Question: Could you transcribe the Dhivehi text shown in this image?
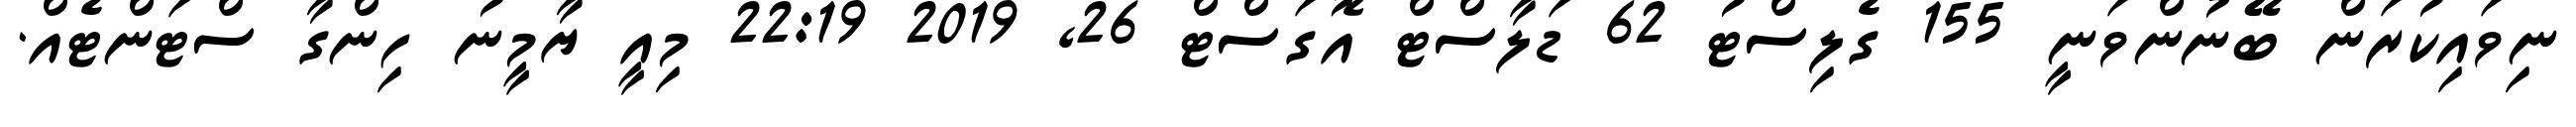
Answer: ނިވައިކުރަން ބޭނުންވަނީ 155 ގެލިސްޓު 62 ޑަލާސްޓް އޮގަސްޓް 26, 2019 22:19 މިއީ ޔާމީނު ހިންގާ ސްޓަންޓެއް.